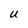
Character: u